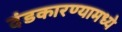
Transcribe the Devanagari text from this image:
दंडकारण्यामध्ये